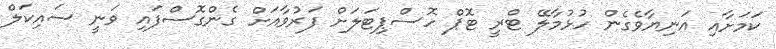
ކަމަށާއި އަނިޔާވެގެން ހުޅުމާލޭ ޓްރީ ޓޮޕް ހޮސްޕިޓަލަށް ފަރުވާއަށް ގެންގޮސްފައި ވަނީ ސައިކަލް